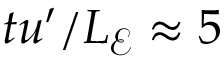
t u ^ { \prime } / L _ { \mathcal { E } } \approx 5